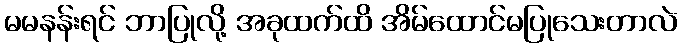
မမနန်းရင် ဘာပြုလို့ အခုထက်ထိ အိမ်ထောင်မပြုသေးတာလဲ